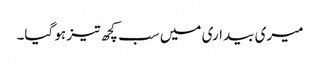
میری بیداری میں سب کچھ تیز ہو گیا۔